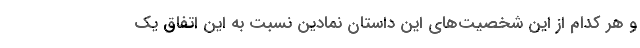
و هر کدام از این شخصیت‌های این داستان نمادین نسبت به این اتفاق یک